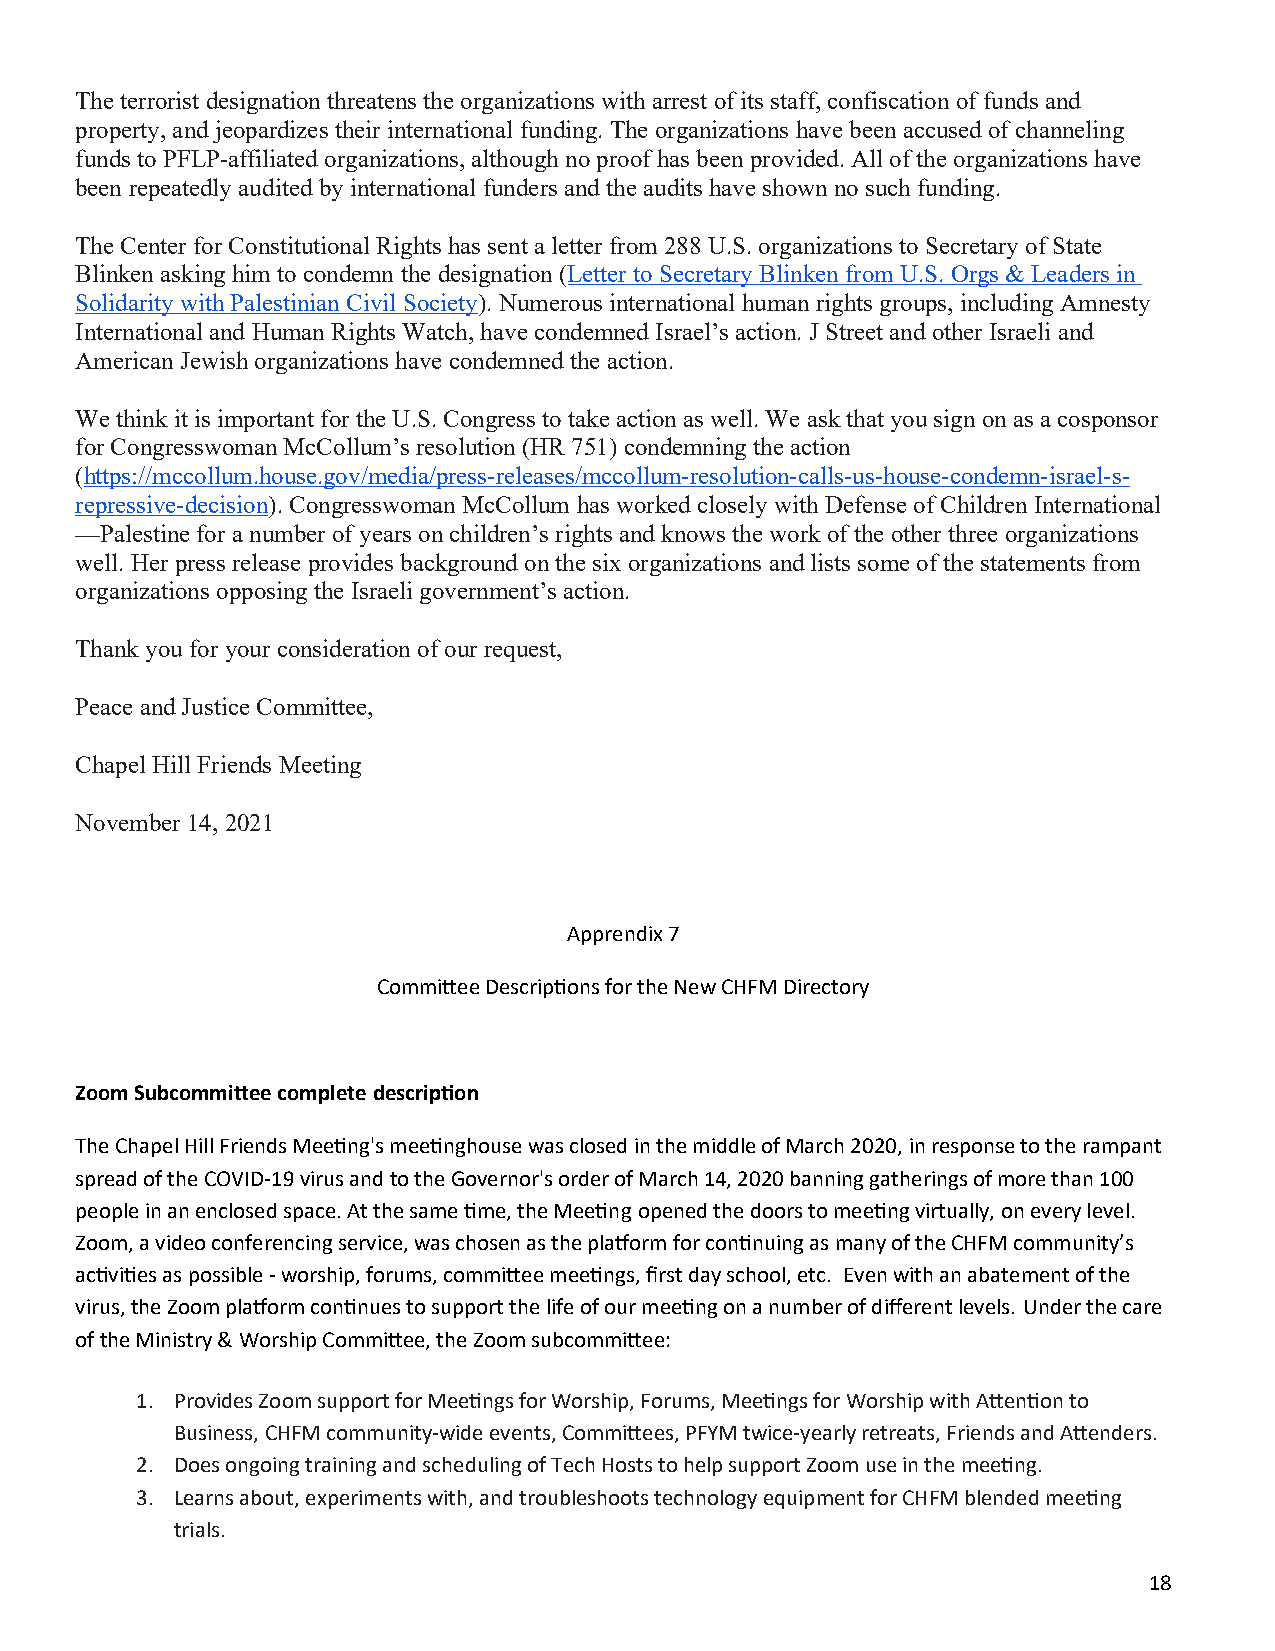
The terrorist designation threatens the organizations with arrest of its staff, confiscation of funds and
 property, and jeopardizes their international funding. The organizations have been accused of channeling
 funds to PFLP-affiliated organizations, although no proof has been provided. All of the organizations have
 been repeatedly audited by international funders and the audits have shown no such funding.
 The Center for Constitutional Rights has sent a letter from 288 U.S. organizations to Secretary of State
 Blinken asking him to condemn the designation (Letter to Secretary Blinken from U.S. Orgs & Leaders in
 Solidarity with Palestinian Civil Society). Numerous international human rights groups, including Amnesty
 International and Human Rights Watch, have condemned Israel’s action. J Street and other Israeli and
 American Jewish organizations have condemned the action.
 We think it is important for the U.S. Congress to take action as well. We ask that you sign on as a cosponsor
 for Congresswoman McCollum’s resolution (HR 751) condemning the action
 (https://mccollum.house.gov/media/press-releases/mccollum-resolution-calls-us-house-condemn-israel-s-
 repressive-decision). Congresswoman McCollum has worked closely with Defense of Children International
 —Palestine for a number of years on children’s rights and knows the work of the other three organizations
 well. Her press release provides background on the six organizations and lists some of the statements from
 organizations opposing the Israeli government’s action.
 Thank you for your consideration of our request,
 Peace and Justice Committee,
 Chapel Hill Friends Meeting
 November 14, 2021
 Apprendix 7
 Committee Descriptions for the New CHFM Directory
 Zoom Subcommittee complete description
 The Chapel Hill Friends Meeting's meetinghouse was closed in the middle of March 2020, in response to the rampant
 spread of the COVID-19 virus and to the Governor's order of March 14, 2020 banning gatherings of more than 100
 people in an enclosed space. At the same time, the Meeting opened the doors to meeting virtually, on every level.
 Zoom, a video conferencing service, was chosen as the platform for continuing as many of the CHFM community’s
 activities as possible - worship, forums, committee meetings, first day school, etc. Even with an abatement of the
 virus, the Zoom platform continues to support the life of our meeting on a number of different levels. Under the care
 of the Ministry & Worship Committee, the Zoom subcommittee:
 1. Provides Zoom support for Meetings for Worship, Forums, Meetings for Worship with Attention to
 Business, CHFM community-wide events, Committees, PFYM twice-yearly retreats, Friends and Attenders.
 2. Does ongoing training and scheduling of Tech Hosts to help support Zoom use in the meeting.
 3. Learns about, experiments with, and troubleshoots technology equipment for CHFM blended meeting
 trials.
 18